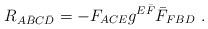
LaTeX: \begin{align*}R_{A \bar B C \bar D}=- F_{ACE} g^{E \bar F} \bar F_{FBD}\ .\end{align*}